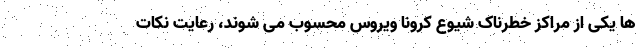
ها یکی از مراکز خطرناک شیوع کرونا ویروس محسوب می شوند، رعایت نکات